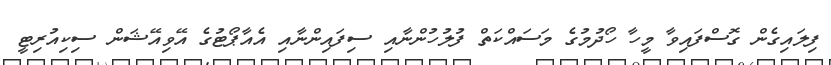
ފިލައިގެން ގޮސްފައިވާ މީހާ ހޯދުމުގެ މަސައްކަތް ފުލުހުންނާއި ސިފައިންނާއި އެއާޕޯޓުގެ އޭވިއޭޝަން ސިކިއުރިޓީ